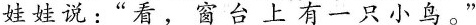
娃娃说：“看，窗台上有一只小鸟。”